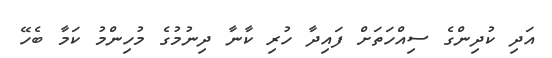
އަދި ކުދިންގެ ސިއްހަތަށް ފައިދާ ހުރި ކާނާ ދިނުމުގެ މުހިންމު ކަމާ ބެހޭ